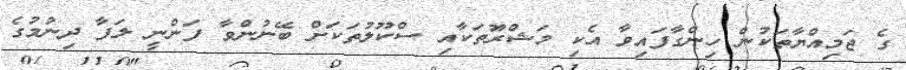
ގެ ޖަމިއްޔާތަކުން ހިންގާފައިވާ އެކި މަޝްރޫަތަކާއި ސްކޫލުތަކަށް ބޭނުންވާ ފަންނީ ލަފާ ދިނުމުގެ